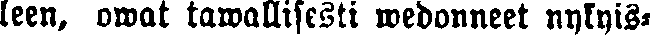
leen, owat tawallisesti wedonneet nykyis-